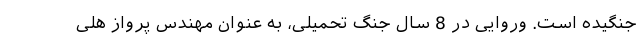
جنگیده است. وروایی در 8 سال جنگ تحمیلی، به عنوان مهندس پرواز هلی